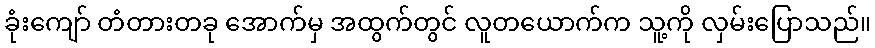
ခုံးကျော် တံတားတခု အောက်မှ အထွက်တွင် လူတယောက်က သူ့ကို လှမ်းပြောသည်။